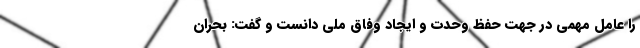
را عامل مهمی در جهت حفظ وحدت و ایجاد وفاق ملی دانست و گفت: بحران